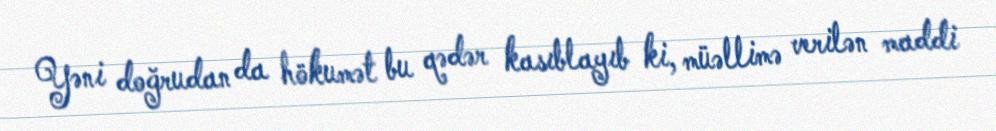
Yəni doğrudan da hökumət bu qədər kasıblayıb ki, müəllimə verilən maddi